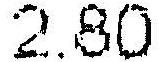
2.80